Assam Mental Hospital (Tezpur, India) - 1933-1948
Year: 1933
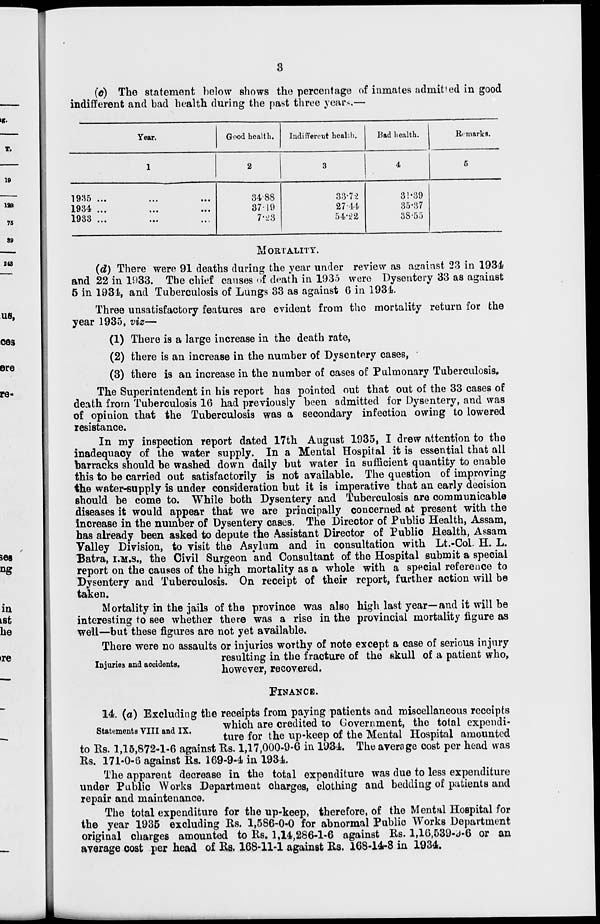
3
(c) The statement below shows the percentage of inmates admitted in good
indifferent and bad health during the past three years,—
Year.
1
1935
...
...
...
1934 ... ... ...
1933 ...
...
...
Good health.
2
34.88
37.19
7.23
Indifferent health.
3
33.72
27.44
54.22
Bad health.
4
31.39
35.37
38.55
Remarks.
5
MORTALITY.
(d) There were 91 deaths during the year under review as against 23 in 1934
and 22 in 1933. The chief causes of death in 1935 were Dysentery 33 as against
5 in 1934, and Tuberculosis of Lungs 33 as against 6 in 1934.
Three unsatisfactory features are evident from the mortality return for the
year 1935, viz—
(1) There is a large increase in the death rate,
(2) there is an increase in the number of Dysentery cases,
(3) there is an increase in the number of cases of Pulmonary Tuberculosis.
The Superintendent in his report has pointed out that out of the 33 cases of
death from Tuberculosis 16 had previously been admitted for Dysentery, and was
of opinion that the Tuberculosis was a secondary infection owing to lowered
resistance.
In my inspection report dated 17th August 1935, I drew attention to the
inadequacy of the water supply. In a Mental Hospital it is essential that all
barracks should be washed down daily but water in sufficient quantity to enable
this to be carried out satisfactorily is not available. The question of improving
the water-supply is under consideration but it is imperative that an early decision
should be come to. While both Dysentery and Tuberculosis are communicable
diseases it would appear that we are principally concerned at present with the
increase in the number of Dysentery cases. The Director of Public Health, Assam,
has already been asked to depute the Assistant Director of Public Health, Assam
Valley Division, to visit the Asylum and in consultation with Lt.-Col. H. L.
Batra, I.M.S., the Civil Surgeon and Consultant of the Hospital submit a special
report on the causes of the high mortality as a whole with a special reference to
Dysentery and Tuberculosis. On receipt of their report, further action will be
taken.
Mortality in the jails of the province was also high last year—and it will be
interesting to see whether there was a rise in the provincial mortality figure as
well—but these figures are not yet available.
Injuries and accidents.
There were no assaults or injuries worthy of note except a case of serious injury
resulting in the fracture of the skull of a patient who,
however, recovered.
FINANCE.
Statements VIII and IX.
14. (a) Excluding the receipts from paying patients and miscellaneous receipts
which are credited to Government, the total expendi-
ture for the up-keep of the Mental Hospital amounted
to Rs. 1,15,872-1-6 against Rs. 1,17,000-9-6 in 1934. The average cost per head was
Rs. 171-0-6 against Rs. 169-9-4 in 1934.
The apparent decrease in the total expenditure was due to less expenditure
under Public Works Department charges, clothing and bedding of patients and
repair and maintenance.
The total expenditure for the up-keep, therefore, of the Mental Hospital for
the year 1935 excluding Rs. 1,586-0-0 for abnormal Public Works Department
original charges amounted to Rs. 1,14,286-1-6 against Rs. 1,16,539-9-6 or an
average cost per head of Rs. 168-11-1 against Rs. 168-14-8 in 1934.